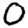
Digit: 0